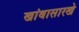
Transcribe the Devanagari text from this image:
खांबासारखे